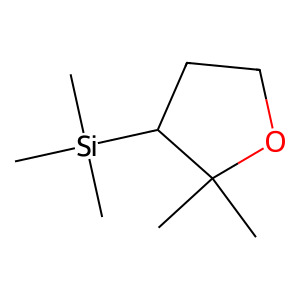
SMILES: CC1(C)OCCC1[Si](C)(C)C
Inhibits HIV replication: No